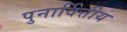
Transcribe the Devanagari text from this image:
पुनार्वित्तीय